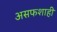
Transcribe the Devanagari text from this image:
असफशाही